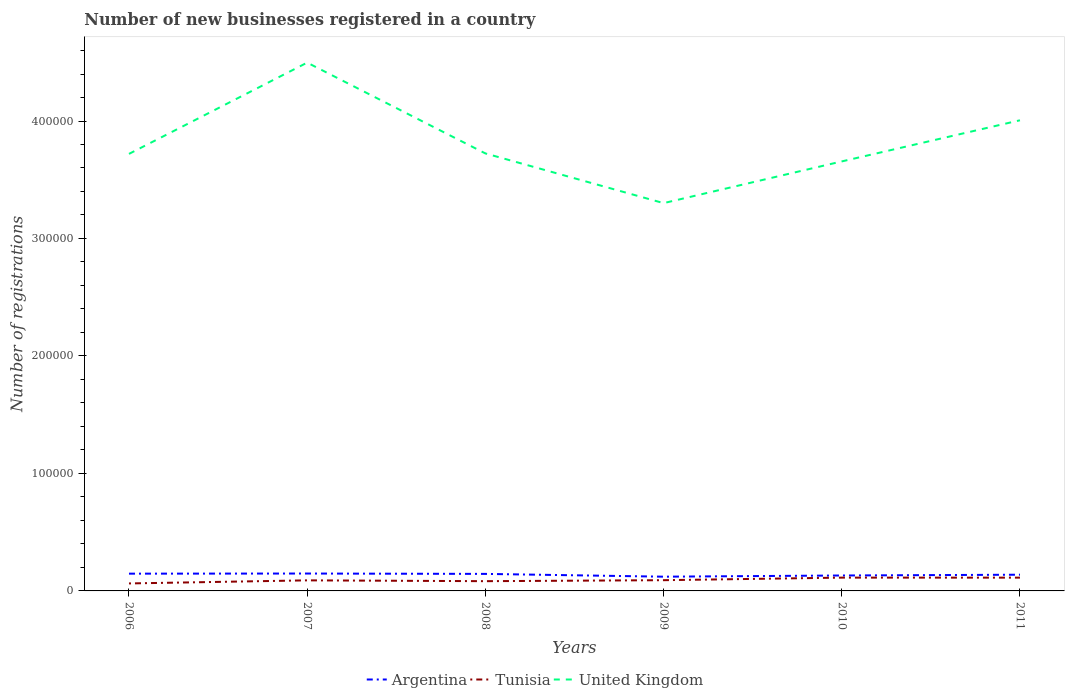
| Years | Argentina | Tunisia | United Kingdom |
 | --- | --- | --- | --- |
 | 2006 | 1.47e+04 | 6.37e+03 | 3.72e+05 |
 | 2007 | 1.48e+04 | 9e+03 | 4.5e+05 |
 | 2008 | 1.45e+04 | 8.3e+03 | 3.72e+05 |
 | 2009 | 1.21e+04 | 9.14e+03 | 3.3e+05 |
 | 2010 | 1.31e+04 | 1.13e+04 | 3.66e+05 |
 | 2011 | 1.38e+04 | 1.13e+04 | 4.01e+05 |